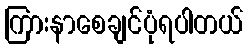
ကြားနာစေချင်ပုံရပါတယ်